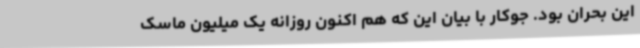
این بحران بود. جوکار با بیان این که هم اکنون روزانه یک میلیون ماسک